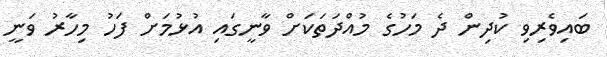
ބައިވެރިވި ކުދިން ދެ މަހުގެ މުއްދަތަކަށް ވާނީގައި އުޅުމަށް ފަހު މިހާރު ވަނީ